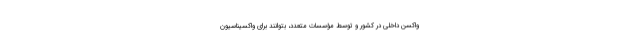
واکسن داخلی در کشور و توسط مؤسسات متعدد، بتوانند برای واکسیناسیون